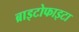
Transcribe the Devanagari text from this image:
ब्राइटोफाइटा